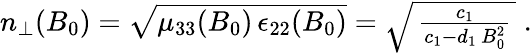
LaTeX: \begin{array}{r}{n_{\perp}(B_{0})=\sqrt{\mu_{33}(B_{0})\, \epsilon_{22}(B_{0})}=\sqrt{\, \frac{c_{1}}{c_{1}-d_{1}\, B_{0}^{2}}\, }\; .}\end{array}